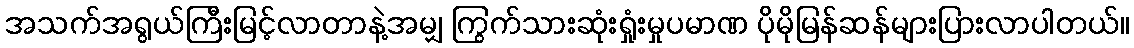
အသက်အရွယ်ကြီးမြင့်လာတာနဲ့အမျှ ကြွက်သားဆုံးရှုံးမှုပမာဏ ပိုမိုမြန်ဆန်များပြားလာပါတယ်။